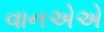
વાનએએ